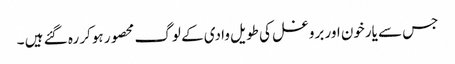
جس سے یارخون اور بروغل کی طویل وادی کے لوگ محصور ہوکر رہ گئے ہیں ۔